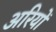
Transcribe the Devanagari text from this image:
अरियों